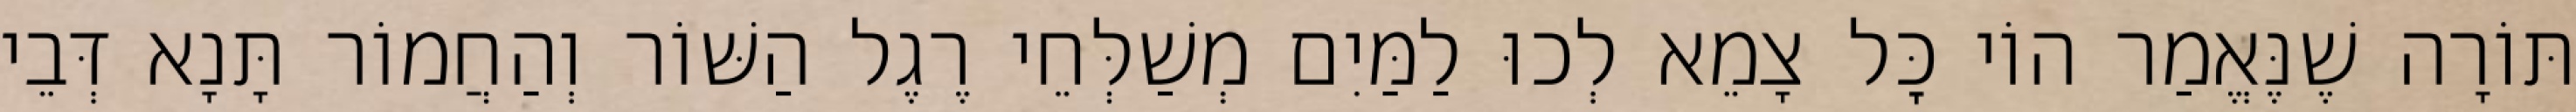
תּוֹרָה שֶׁנֶּאֱמַר הוֹי כׇּל צָמֵא לְכוּ לַמַּיִם מְשַׁלְּחֵי רֶגֶל הַשּׁוֹר וְהַחֲמוֹר תָּנָא דְּבֵי